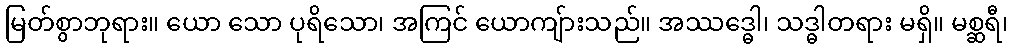
မြတ်စွာဘုရား။ ယော သော ပုရိသော၊ အကြင် ယောကျ်ားသည်။ အဿဒ္ဓေါ၊ သဒ္ဓါတရား မရှိ။ မစ္ဆရီ၊